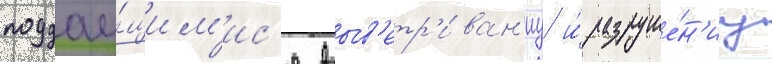
поддау́щим'ис'я выв'етр'иван'иу и́ разруше́н'иу